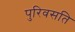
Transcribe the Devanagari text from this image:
पुरिवसति